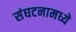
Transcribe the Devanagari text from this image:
संघटनामध्ये